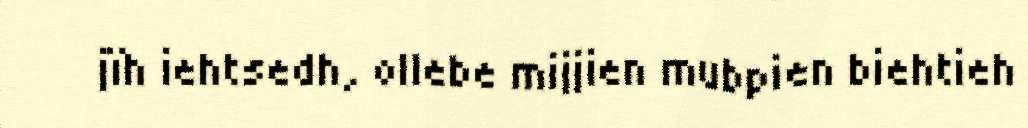
jïh iehtsedh, ollebe mijjien mubpien biehtieh